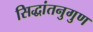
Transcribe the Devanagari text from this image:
सिद्धांतनुगुण